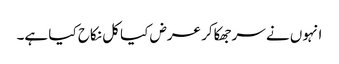
انہوں نے سرجھکاکر عرض کیا کل نکاح کیا ہے۔